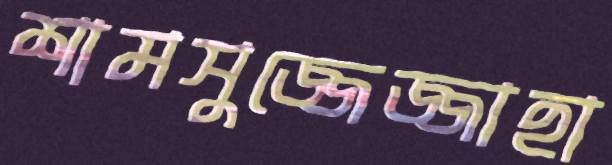
শামসুজ্জেজ্জাহা